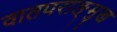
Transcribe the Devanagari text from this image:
वातपराङ्‌मुख